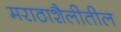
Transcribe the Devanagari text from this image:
मराठाशैलीतील